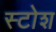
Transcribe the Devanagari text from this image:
स्टोश